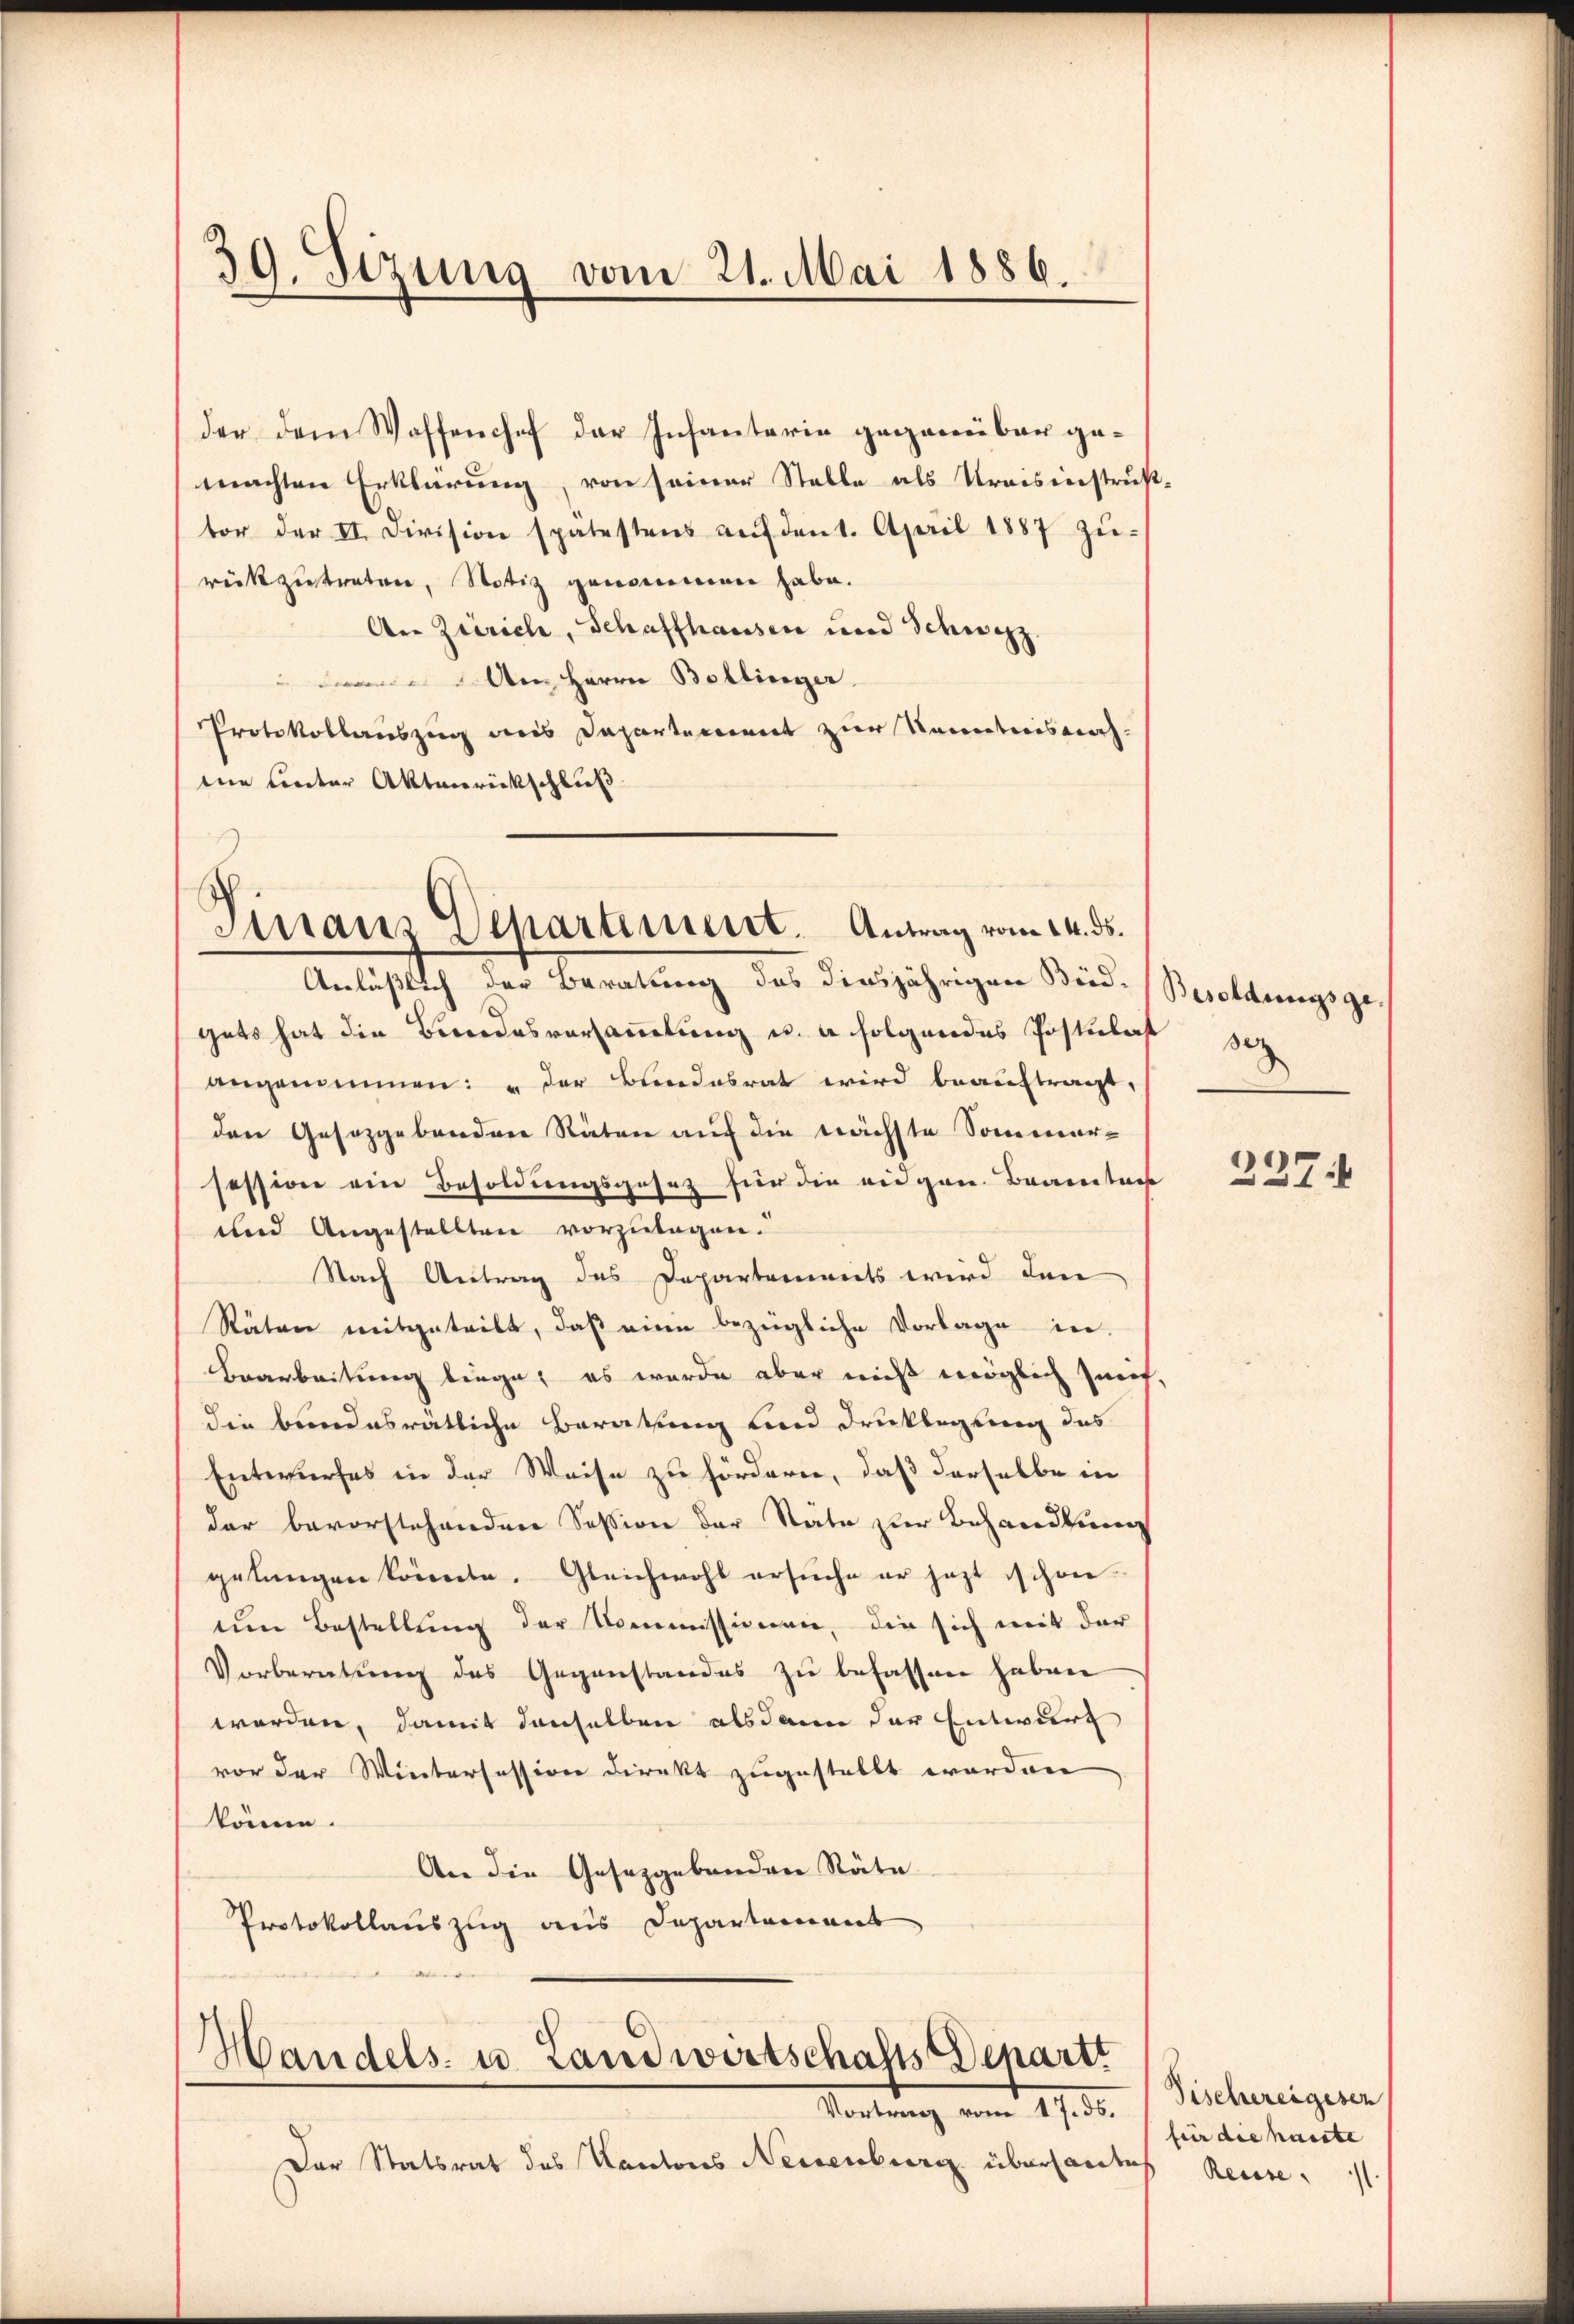
der dem Waffenchef der Infanterie gegenüber gemachten Erklärung, von seiner Stelle als Kreisinstruß-
tor der II. Division spätestens aŭf dent. April 1887 zŭ-
rückzutreten, Notiz genommen habe.
An Zürich, Schaffhausen und Schwyz
Am Herrn Bollinger
Protokollauszug aus Departement zur Kenntnis nach.
me Unter Aktenrückschluß

39. Sizung vom 21. Mai 1886.

guts hat die Bundesversammlung u. a. folgendes Postuberst
angenommen: " der Bundesrat wird beauftragt,
den Gesetzgebenden Räten auf die nächste Sommer-
session ein Besoldungsgesetz für die eingen Beamten
und Angestellten vorzulegen.
Nach Antrag des Departements wird den
Räten mitgeteilt, daß eine bezügliche Vorlage in
Bearbeitung biege; es wurde aber nicht möglich zurechdie bundesrätliche Beratung und Drucklegung des
Entwurfes in der Weise zu fördern, daß derselbe in
dar bevorstehenden Session der Stäte zur Behandlung
gelangen könnte. Gleichwohl ersuche er jezt schon
um Bestellung der Kommissionen, die sich mit der
Vorbereitung des Gegenstandes zu befassen haben
worden, damit denselben alsdann der Entwurf
vor der Wintersession direkt zugestellt worden,
könne.
An die Gesetzgebenden Räte
Protokollauszug aus Departement

Finanz Departement. Antrag vom 14. ds.
Anläßlich der Beratung das diesjährigen Bied¬

Handels- u. Landwirtschafts Departt
Mortung vom 17.3.

Der Statsrat des Kantons Neisenburg übersandtes Reuse,

Besoldungsge-
3

237.

Fischereigesen
für die haute